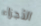
الأجزاء